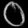
Digit: ၀